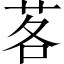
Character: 茖